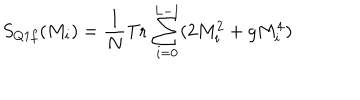
S _ { Q 1 f } ( M _ { i } ) = \frac { 1 } { N } \mathrm { T r } \, \sum _ { i = 0 } ^ { L - 1 } ( 2 M _ { i } ^ { 2 } + g M _ { i } ^ { 4 } )